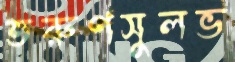
তরুণসুলভ